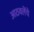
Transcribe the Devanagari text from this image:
आठवलेंचे